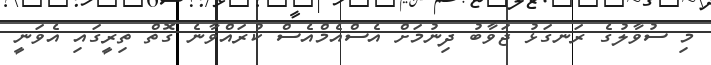
މި ސުވާލުގެ ރަނގަޅު ޖަވާބު ދިނުމަށް އެސްއެމްއެސް ކުރައްވާނެ ގޮތް ތިރީގައި އެވަނީ